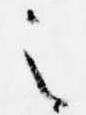
之